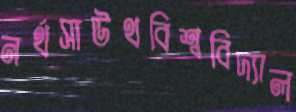
নর্থসাউথবিশ্ববিদ্যাল